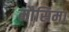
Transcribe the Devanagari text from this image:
मौसिमा